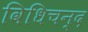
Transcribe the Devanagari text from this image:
विधिचन्द